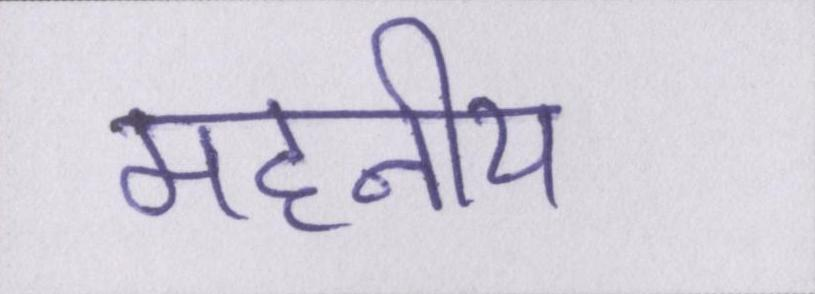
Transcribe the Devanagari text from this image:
महनीय